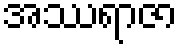
အဿရာဇာ